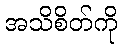
အသိစိတ်ကို